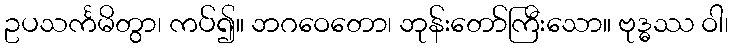
ဥပသင်္ကမိတွာ၊ ကပ်၍။ ဘဂဝေတော၊ ဘုန်းတော်ကြီးသော။ ဗုဒ္ဓဿ ဝါ၊